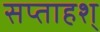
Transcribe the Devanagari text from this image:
सप्ताहश्